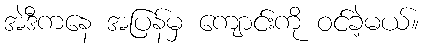
အဲဒီကနေ အပြန်မှ ကျောင်းကို ဝင်ခဲ့မယ်။